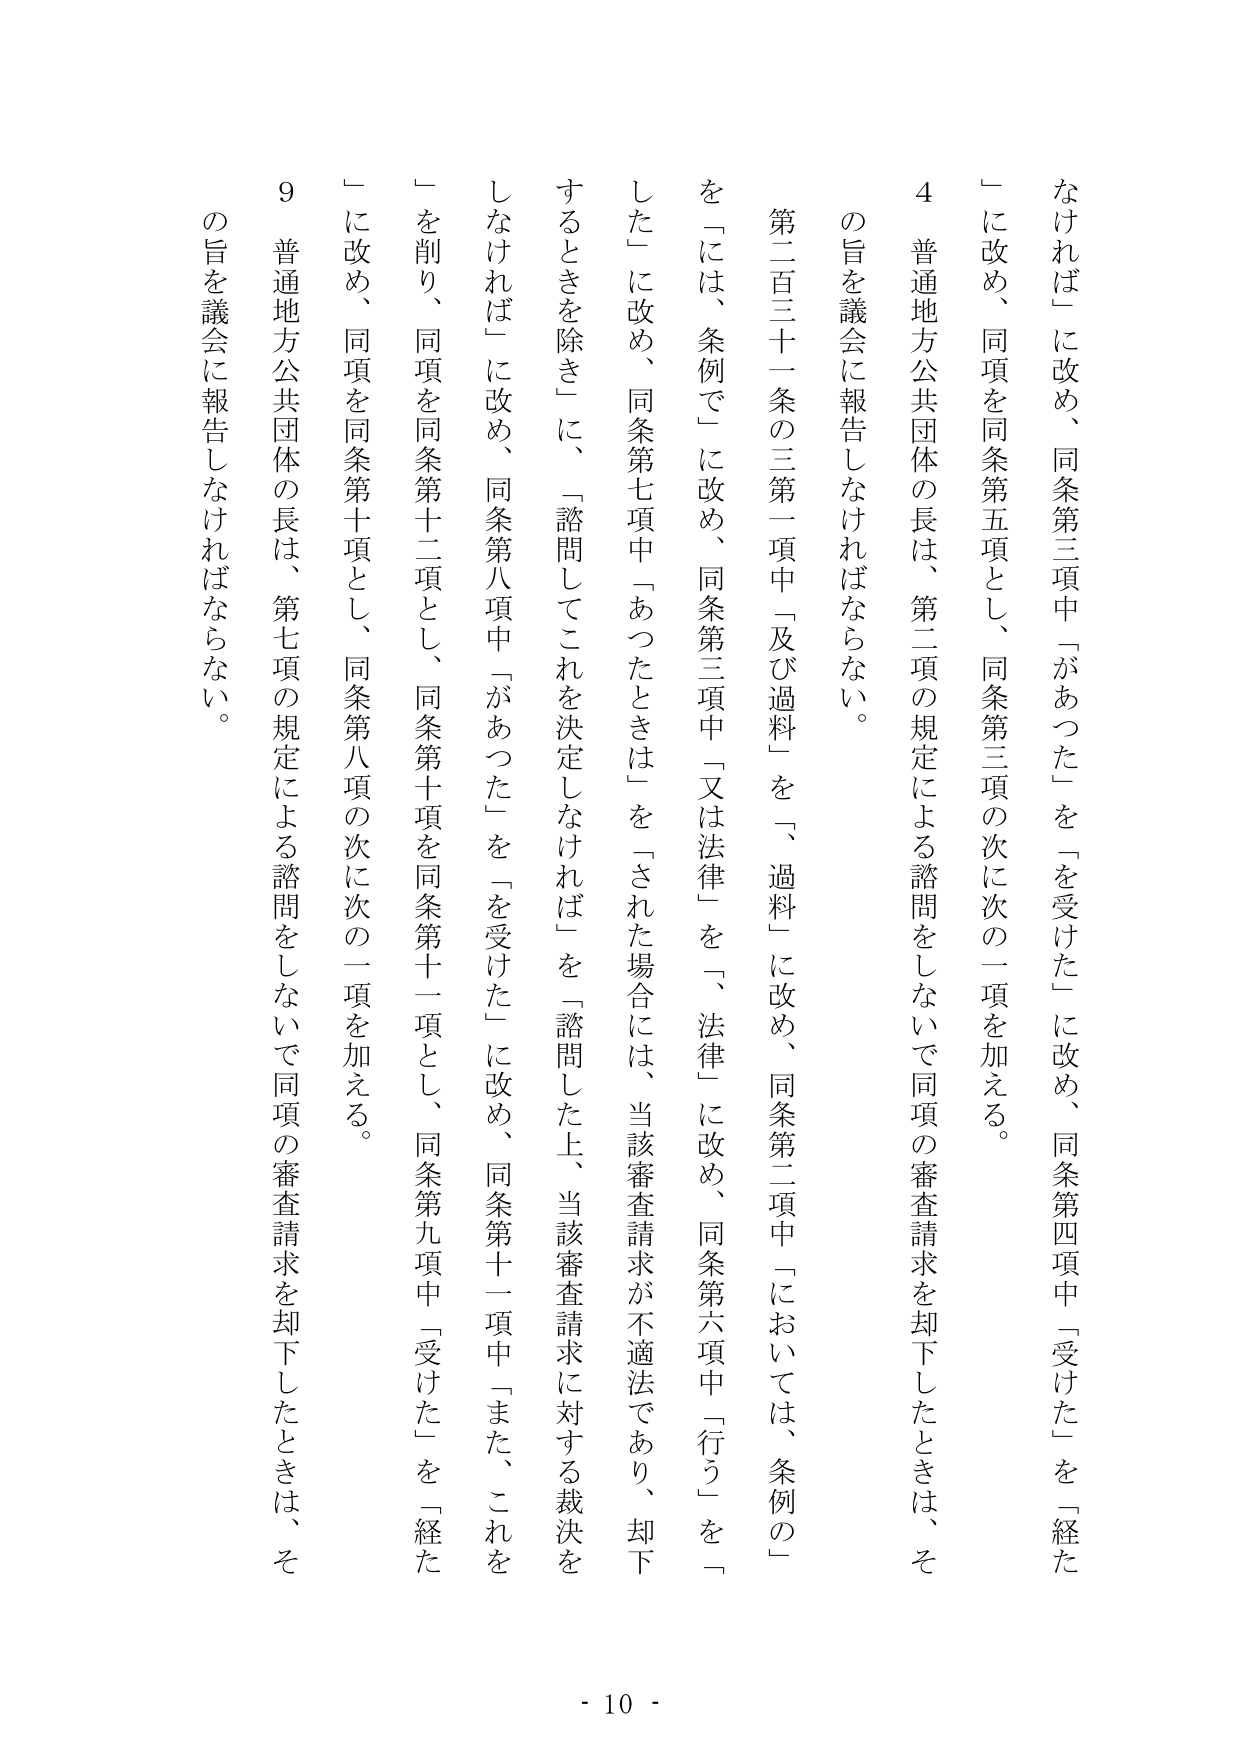
なければ」に改め、同条第三項中「があった」を「を受けた」に改め、同条第四項中「受けた」を「経た」に改め、同項を同条第五項とし、同条第三項の次に次の一项を加える。

４ 普通地方公共団体の長は、第二項の規定による諮問をしないで同項の審査請求を却下したときは、その旨を議会に報告しなければならない。

第二百三十一条の三第一項中「及び過料」を「、過料」に改め、同条第二項中「においては、条例の」を「には、条例で」に改め、同条第三項中「又は法律」を「、法律」に改め、同条第六項中「行う」を「した」に改め、同条第七項中「あったときは」を「された場合には、当該審査請求が不適法であり、却下するときを除き」に、「諮問してこれを決定しなければ」を「諮問した上、当該審査請求に対する裁決をしなければ」に改め、同条第八項中「があった」を「を受けた」に改め、同条第十一項中「また、これを」を削り、同項を同条第十二項とし、同条第十項を同条第十一項とし、同条第九項中「受けた」を「経た」に改め、同項を同条第十項とし、同条第八項の次に次の一项を加える。

９ 普通地方公共団体の長は、第七項の規定による諮問をしないで同項の審査請求を却下したときは、その旨を議会に報告しなければならない。

- 10 -